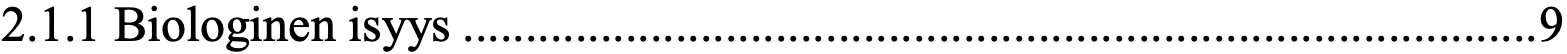
2.1.1 Biologinen isyys ...................................................................................... 9